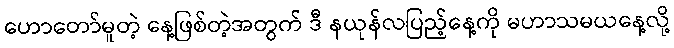
ဟောတော်မူတဲ့ နေ့ဖြစ်တဲ့အတွက် ဒီ နယုန်လပြည့်နေ့ကို မဟာသမယနေ့လို့